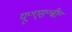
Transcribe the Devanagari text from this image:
यू॰एस॰बी॰